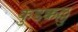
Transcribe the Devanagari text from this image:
कुडक्कल्लु